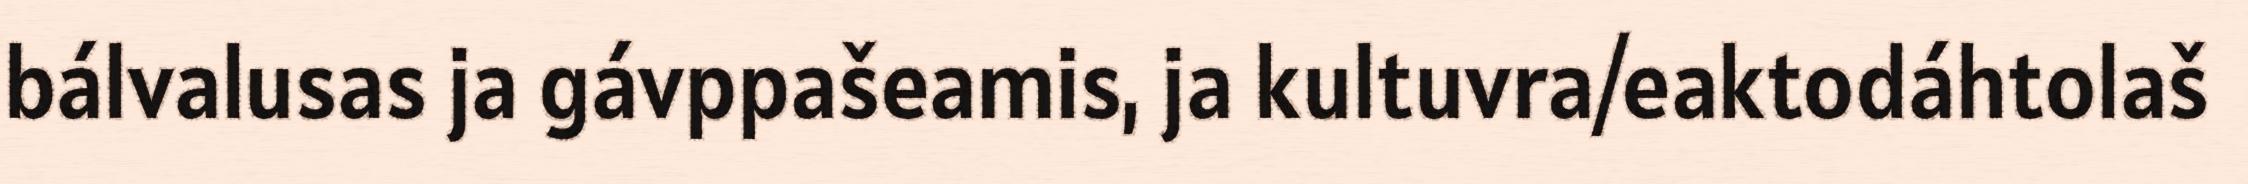
bálvalusas ja gávppašeamis, ja kultuvra/eaktodáhtolaš